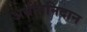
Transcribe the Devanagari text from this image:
अधीननिदान